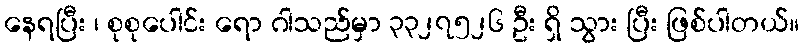
နေရပြီး ၊ စုစုပေါင်း ရော ဂါသည်မှာ ၃၃၂၇၅၂၆ ဦး ရှိ သွား ပြီး ဖြစ်ပါတယ်။